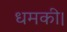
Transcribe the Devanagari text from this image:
धमकी।